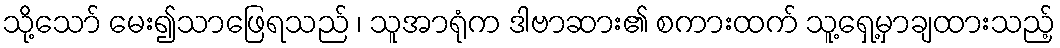
သို့သော် မေး၍သာဖြေရသည် ၊ သူအာရုံက ဒါဗာဆား၏ စကားထက် သူ့ရှေ့မှာချထားသည့်